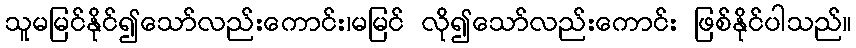
သူမမြင်နိုင်၍သော်လည်းကောင်း၊မမြင် လို၍သော်လည်းကောင်း ဖြစ်နိုင်ပါသည်။